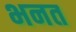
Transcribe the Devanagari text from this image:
भनत